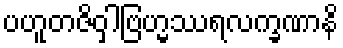
ပဟူတဇိဝှါဗြဟ္မဿရလက္ခဏာနိ